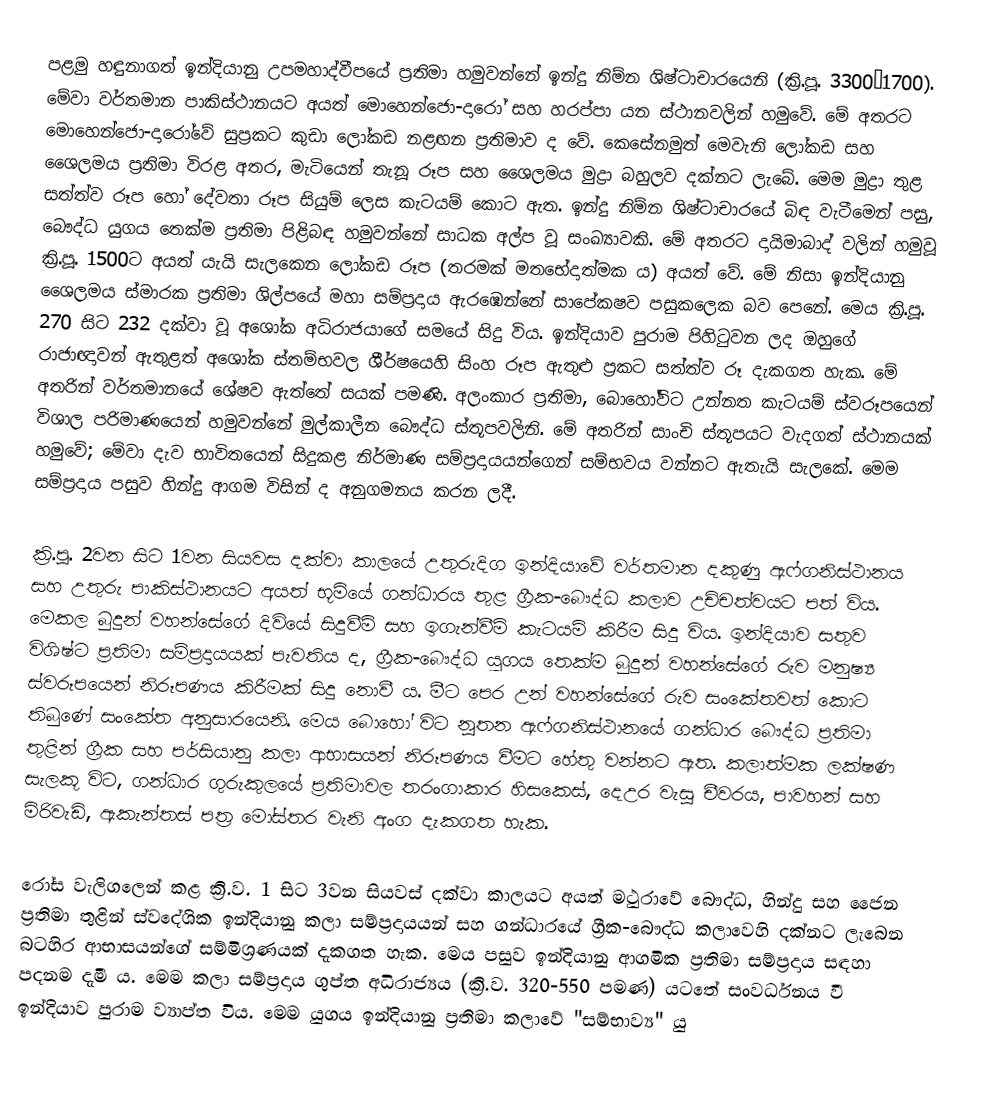
පළමු හඳුනාගත් ඉන්දියානු උපමහාද්වීපයේ ප්‍රතිමා හමුවන්නේ ඉන්දු නිම්න ශිෂ්ටාචාරයෙනි (ක්‍රි.පූ. 3300–1700). මේවා වර්තමාන පාකිස්ථානයට අයත් මොහෙන්ජො-දාරෝ සහ හරප්පා යන ස්ථානවලින් හමුවේ. මේ අතරට මොහෙන්ජො-දාරෝවේ සුප්‍රකට කුඩා ලෝකඩ නළඟන ප්‍රතිමාව ද වේ. කෙසේනමුත් මෙවැනි ලෝකඩ සහ ශෛලමය ප්‍රතිමා විරළ අතර, මැටියෙන් තැනූ රූප සහ ශෛලමය මුද්‍රා බහුලව දක්නට ලැබේ. මෙම මුද්‍රා තුළ සත්ත්ව රූප හෝ දේවතා රූප සියුම් ලෙස කැටයම් කොට ඇත‍. ඉන්දු නිම්න ශිෂ්ටාචාරයේ බිඳ වැටීමෙන් පසු, බෞද්ධ යුගය තෙක්ම ප්‍රතිමා පිළිබඳ හමුවන්නේ සාධක අල්ප වූ සංඛ්‍යාවකි. මේ අතරට දායිමාබාද් වලින් හමුවූ ක්‍රි.පූ. 1500ට අයත් යැයි සැලකෙන ලෝකඩ රූප (තරමක් මතභේදාත්මක ය) අයත් වේ. මේ නිසා ඉන්දියානු ශෛලමය ස්මාරක ප්‍රතිමා ශිල්පයේ මහා සම්ප්‍රදාය ඇරඹෙන්නේ සාපේකෂව පසුකලෙක බව පෙනේ. මෙය ක්‍රි.පූ. 270 සිට 232 දක්වා වූ අශෝක අධිරාජයාගේ සමයේ සිදු විය. ඉන්දියාව පුරාම පිහිටුවන ලද ඔහුගේ රාජාඥාවන් ඇතුළත් අශෝක ස්තම්භවල ශීර්ෂයෙහි සිංහ රූප ඇතුළු ප්‍රකට සත්ත්ව රූ දැකගත හැක. මේ අතරින් වර්තමානයේ ශේෂව ඇත්තේ සයක් පමණි. අලංකාර ප්‍රතිමා, බොහෝවිට උන්නත කැටයම් ස්වරූපයෙන් විශාල පරිමාණයෙන් හමුවන්නේ මුල්කාලීන බෞද්ධ ස්තූපවලිනි. මේ අතරින් සාංචි ස්තූපයට වැදගත් ස්ථානයක් හමුවේ; මේවා දැව භාවිතයෙන් සිදුකළ නිර්මාණ සම්ප්‍රදායයන්ගෙන් සම්භවය වන්නට ඇතැයි සැලකේ. මෙම සම්ප්‍රදාය පසුව හින්දු ආගම විසින් ද අනුගමනය කරන ලදී.

ක්‍රි.පූ. 2වන සිට 1වන සියවස දක්වා කාලයේ උතුරුදිග ඉන්දියාවේ වර්තමාන දකුණු ඇෆ්ගනිස්ථානය සහ උතුරු පාකිස්ථානයට අයත් භූමියේ ගන්ධාරය තුළ ග්‍රීක-බෞද්ධ කලාව උච්චත්වයට පත් විය. මෙකල බුදුන් වහන්සේගේ දිවියේ සිදුවීම් සහ ඉගැන්වීම් කැටයම් කිරීම සිදු විය. ඉන්දියාව සතුව විශිෂ්ට ප්‍රතිමා සම්ප්‍රදායයක් පැවතිය ද, ග්‍රීක-බෞද්ධ යුගය තෙක්ම බුදුන් වහන්සේගේ රුව මනුෂ්‍ය ස්වරූපයෙන් නිරූපණය කිරීමක් සිදු නොවී ය. මීට පෙර උන් වහන්සේගේ රුව සංකේතවත් කොට තිබුණේ සංකේත අනුසාරයෙනි. මෙය බොහෝ විට නූතන ඇෆ්ගනිස්ථානයේ ගන්ධාර බෞද්ධ ප්‍රතිමා තුළින් ග්‍රීක සහ පර්සියානු කලා ආභාසයන් නිරූපණය වීමට හේතු වන්නට ඇත. කලාත්මක ලක්ෂණ සැලකූ විට, ගන්ධාර ගුරුකුලයේ ප්‍රතිමාවල තරංගාකාර හිසකෙස්, දෙඋර වැසූ චීවරය, පාවහන් සහ මිරිවැඩි, ඇකැන්තස් පත්‍ර මෝස්තර වැනි අංග දැකගත හැක.

රෝස වැලිගලෙන් කළ ක්‍රි.ව. 1 සිට 3වන සියවස් දක්වා කාලයට අයත් මථුරාවේ බෞද්ධ, හින්දු සහ ජෛන ප්‍රතිමා තුළින් ස්වදේශික ඉන්දියානු කලා සම්ප්‍රදායයන් සහ ගන්ධාරයේ ග්‍රීක-බෞද්ධ කලාවෙහි දක්නට ලැබෙන බටහිර ආභාසයන්ගේ සම්මිශ්‍රණයක් දැකගත හැක. මෙය පසුව ඉන්දියානු ආගමික ප්‍රතිමා සම්ප්‍රදාය සඳහා පදනම දැමී ය. මෙම කලා සම්ප්‍රදාය ගුප්ත අධිරාජ්‍යය (ක්‍රි.ව. 320-550 පමණ) යටතේ සංවර්ධනය වී ඉන්දියාව පුරාම ව්‍යාප්ත විය. මෙම යුගය ඉන්දියානු ප්‍රතිමා කලාවේ "සම්භාව්‍ය" යු